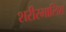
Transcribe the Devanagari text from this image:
शरीरमालिश